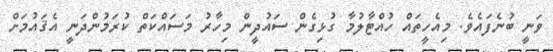
ވަނީ ބުނެފައެވެ. މިއެހީތައް ހުއްޓާލުމާ ގުޅިގެން ސައުދީން މިހާރު މަސައްކަތް ކުރަމުންދަނީ އެޤައުމަށް